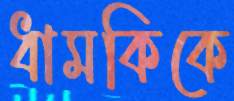
ধামকিকে